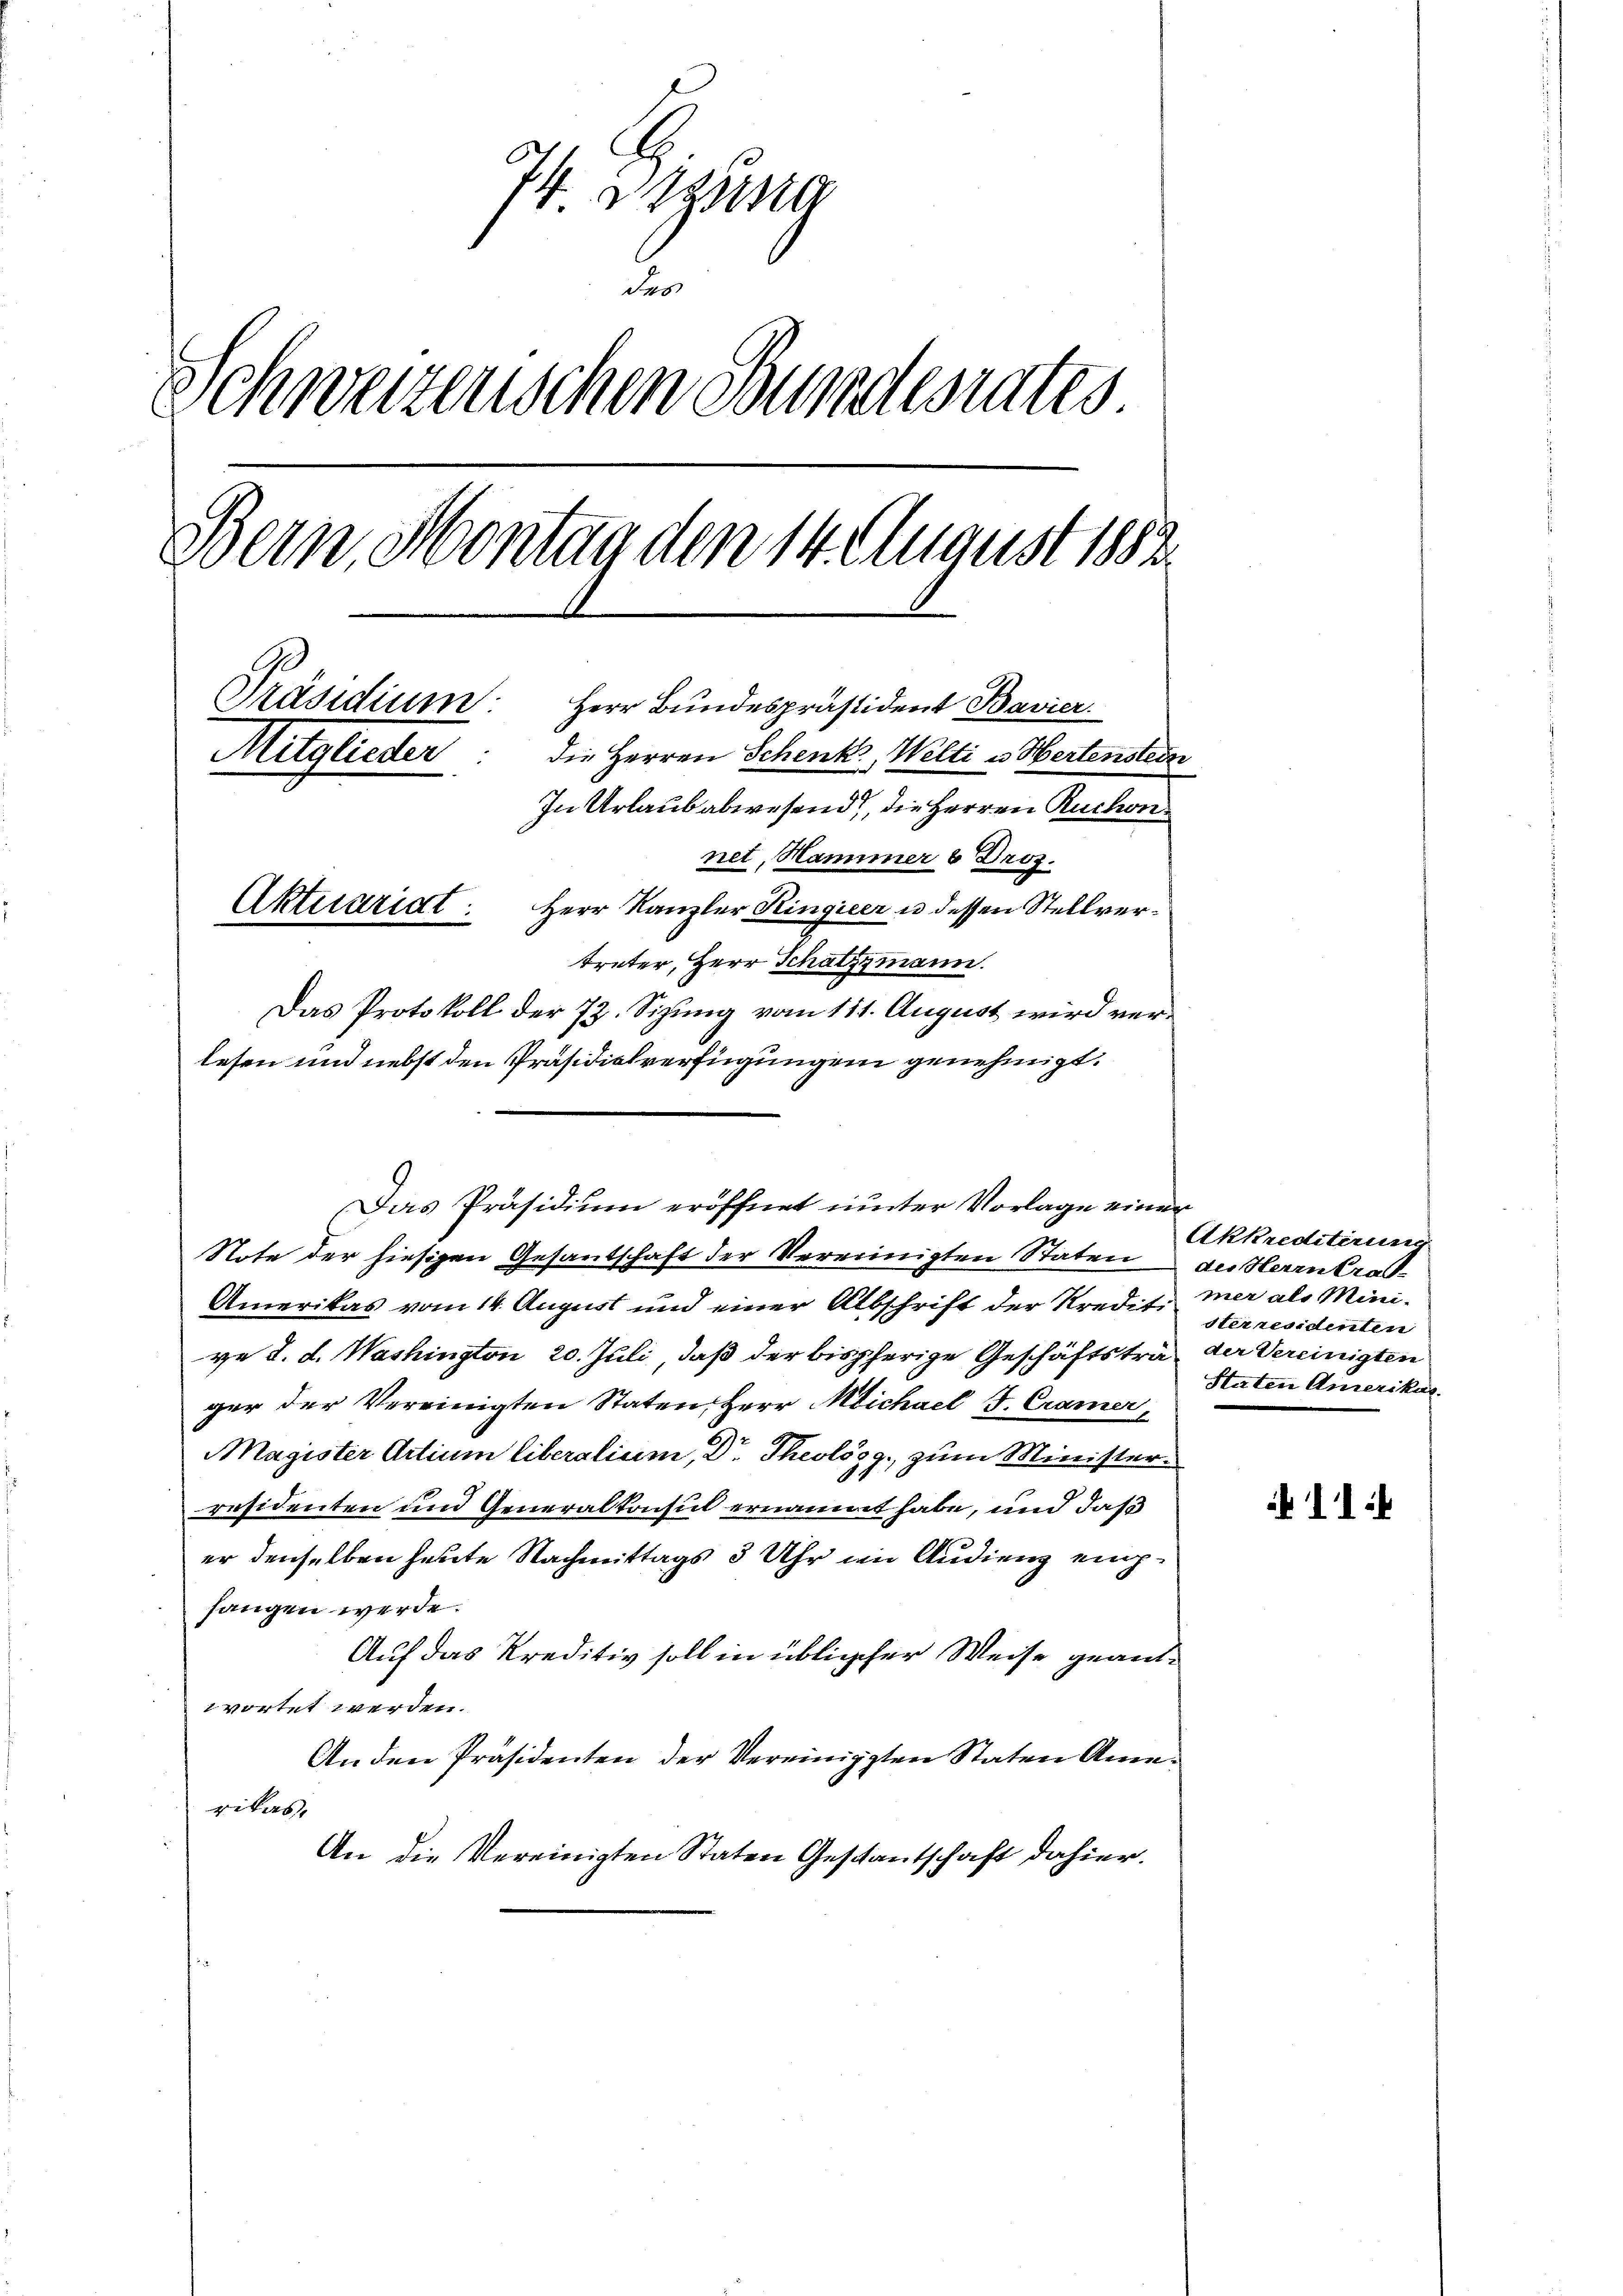
74 zusa
das
Schweizerischen Bundesrates
Bern, Montag den 14. August 1882.
E
Präsidium
Herr Bundespräsident Bavier.
Mitglieder
die Herren Schenk, Welti u Hertenstein
In Urlaub abwesend, die Herren Ruchon
net, Hammer 6 Dros.
Aktuariat.
Herr Kanzler Kingieer u dessen Stellvertreter, Herr Schatzmann.

Das Protokoll der 72. Sizung vom 111. August wird verlesen und nebst den Präsidialverfügungen genehmigt.

Note der hiesigen Gesantschaft der Vereinigten Staten des Herrntras¬
Amerikas vom 14. August und einer Albschrift der Kredit mer als Minive d. d. Washington 20. Juli, daß der bisherige Geschäftstra der Vereinigten
ger der Vereinigten Staten Herr Michael J. Cramer,
Magister Artium liberalium, Dr. Theolosz zum Ministerd
residenten und Generalkonsul ernannt habe, und daß
er denselben heute Nachmittags 3 Uhr im Audieng empfangen werde.
Auf das Kreditiv soll in üblicher Weise geantwortet werden.
Anden Präsidenten der Vereinigten Staten Amerikas.
An die Vereinigten Staten Gestantschaft dahier.

Das Präsidium eröffnet unter Vorlage einer

Akkreditirun
sterresidenten
Staten Amerikas

11.